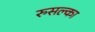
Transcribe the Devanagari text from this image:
रुसल्का